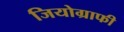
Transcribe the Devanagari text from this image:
जियोग्राफी